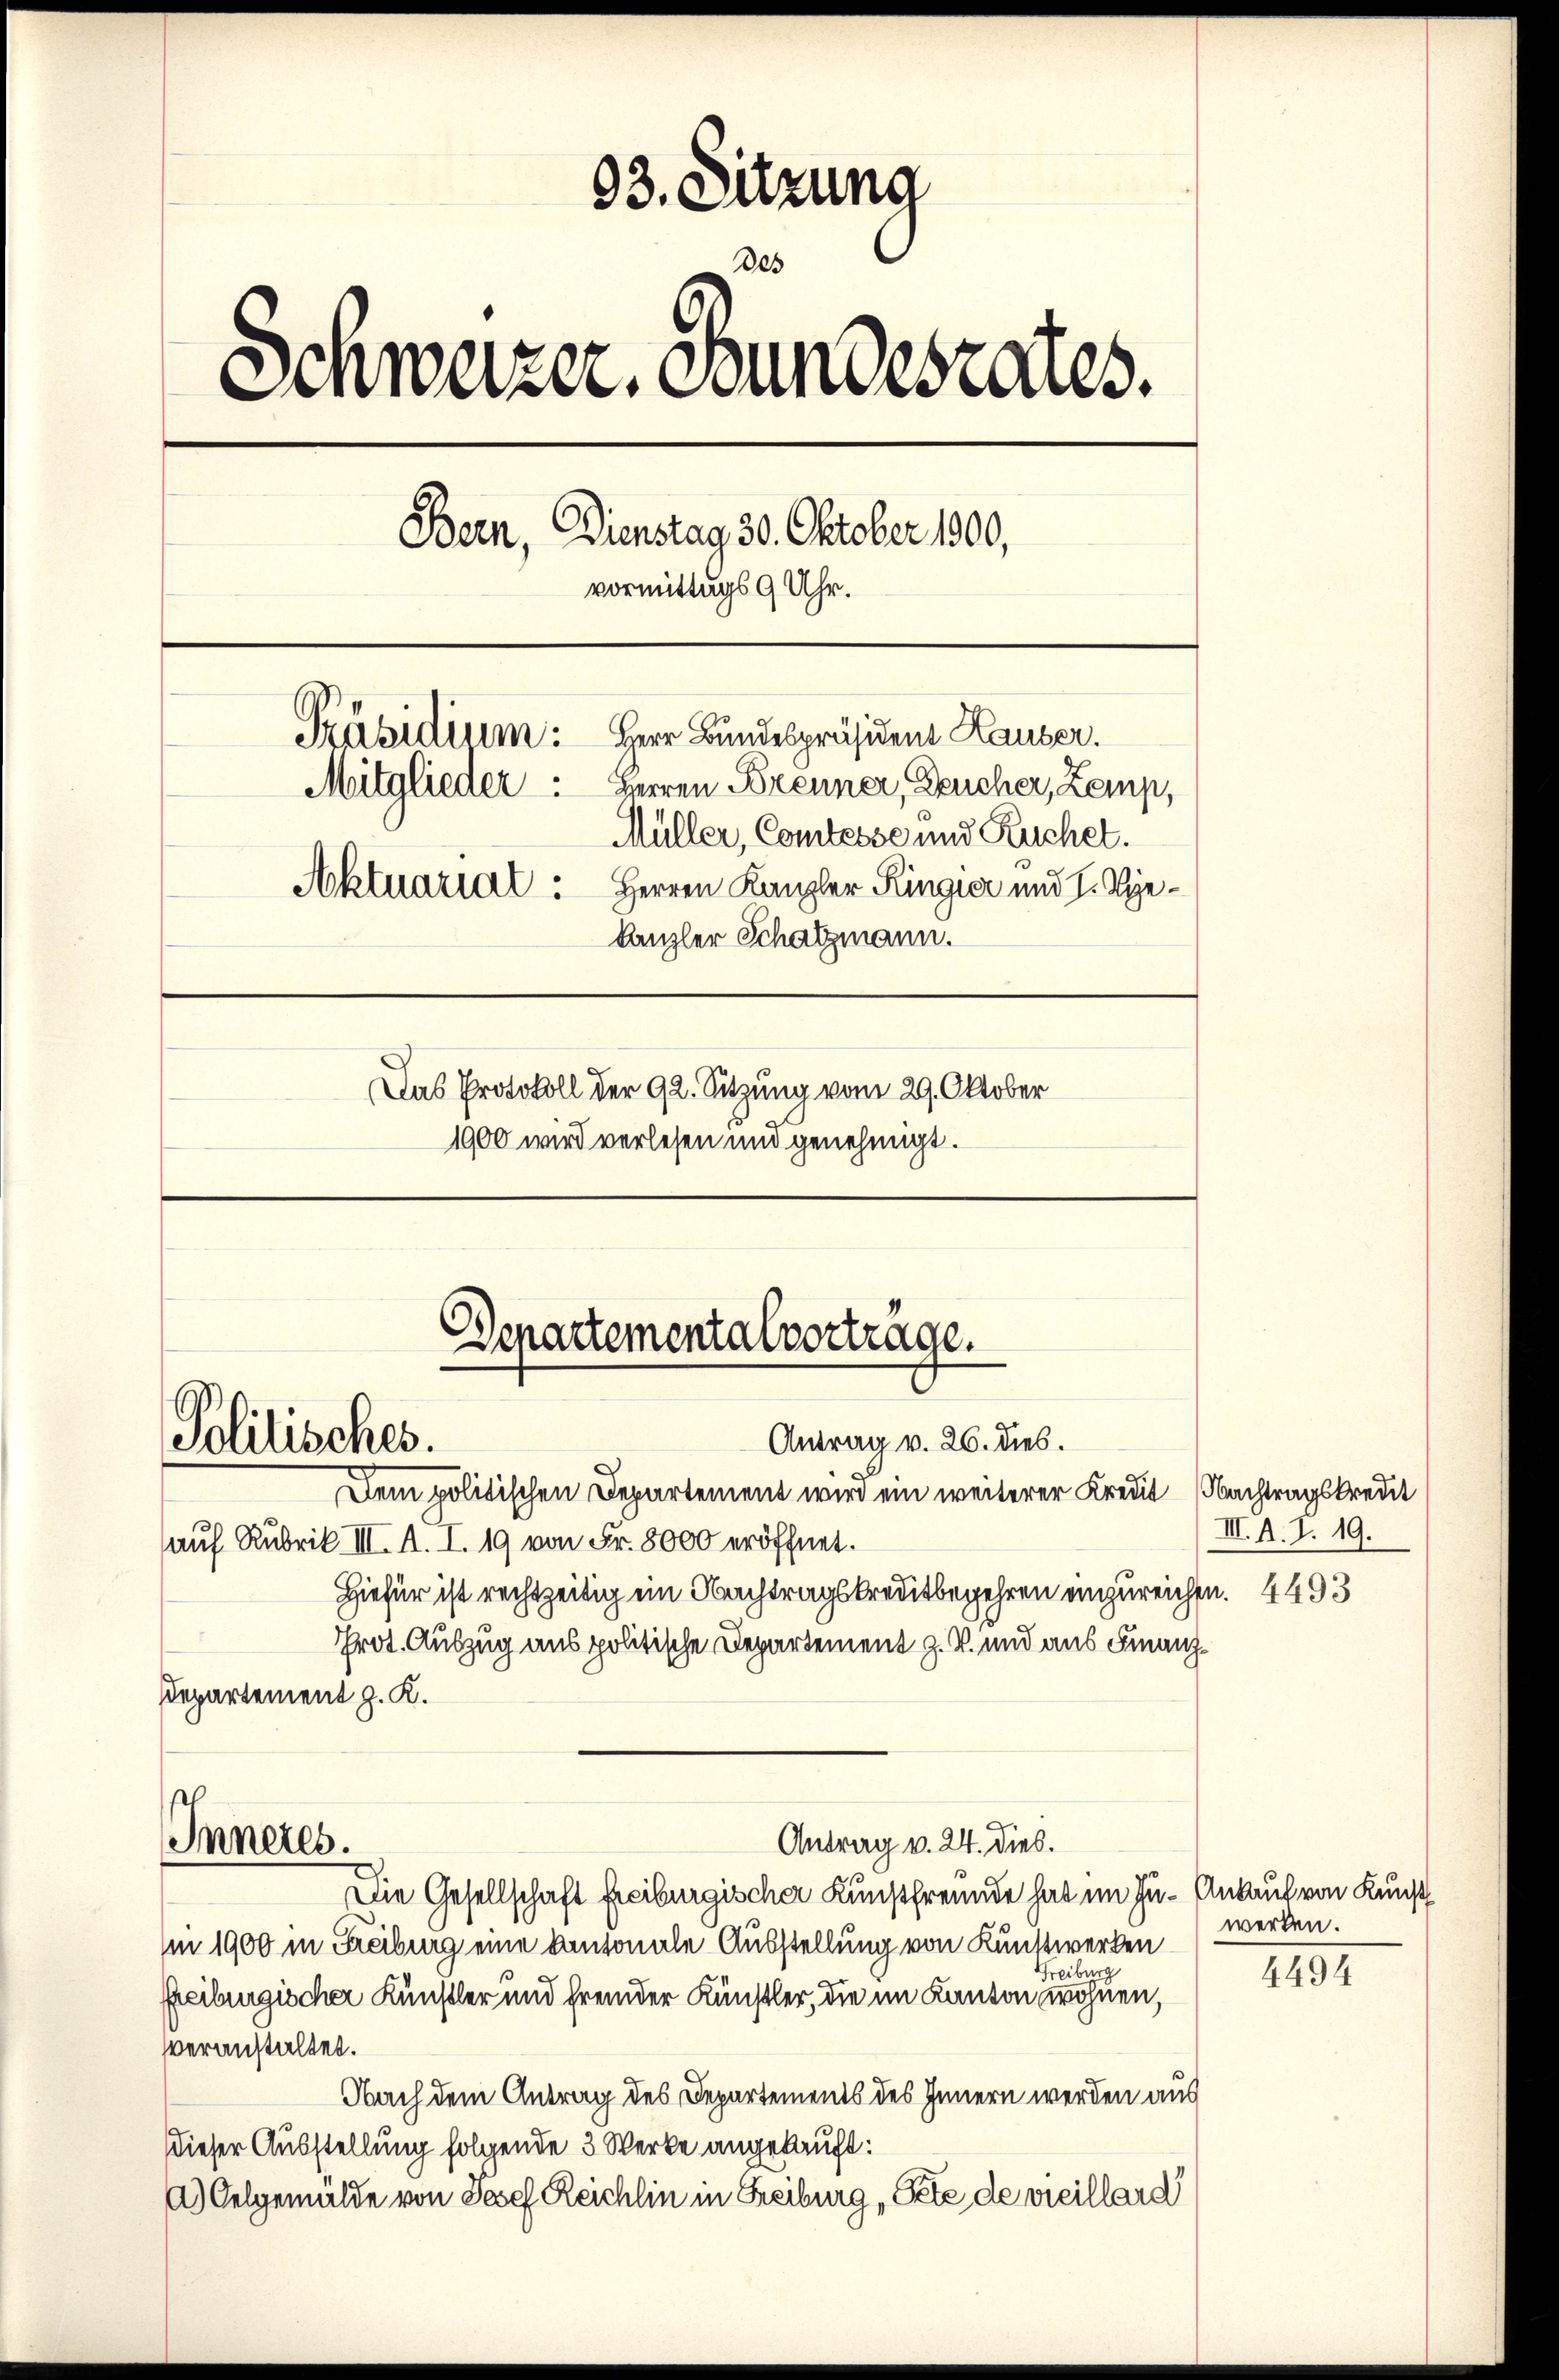
93. Sitzung
Des
Schweizer. Bundesrates.
Bern, Dienstag 30. Oktober 1900,
vormittags 9 Uhr.
Präsidium: Herr Bundespräsident Hauser.
Mitglieder. Herren Brenner, Deucher, Zemp,
Müller, Comtesse und Ruchet.
Aktuariat: Herren Kanzler Kingier und I. Siekanzler Schatzmann.
Das Protokoll der 92. Sitzung vom 29. Oktober
1900 wird verlesen und genehmigt.

Departementalvortrage.
Politisches.
Antrag v. 26. dies.

Dem politischen Departement wird ein weiterer Kredit Nachtragskredit
auf Rubrik III. A. I. 19 von Fr. 8000 eröffnet.
Hiefür ist rechtzeitig ein Nachtragskreditbegehren einzureichen. 4493
Prot. Auszug aus politische Departement z. B. und aus Finanz¬
Departement z. K.
Inneres.
Antrag v. 24. dies.
Die Gesellschaft freiburgischer Kunstfreunde hat im Zu- Ankauf von Kunst
(i 1900 in Freiburg eine kantonale Ausstellung von Kunstwerken
Freiburg
freiburgischer Künstler und fremder Künstler, die im Kanton wohnen,
veranstaltet.
Nach dem Antrag des Departements des Innern werden aus
dieser Ausstellung folgende 3 Werke angekauft:
a) Oelgemälde von Josef Reichlin in Freiburg, Pete de veillard

III. A. I. 19.

werken.

4494